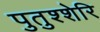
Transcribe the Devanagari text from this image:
पुतुश्शेरि